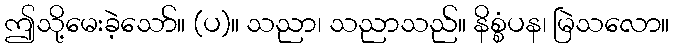
ဤသို့မေးခဲ့သော်။ (ပ)။ သညာ၊ သညာသည်။ နိစ္စံပန၊ မြဲသလော။